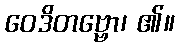
ဝေဒိတဗ္ဗော၊ ၏။